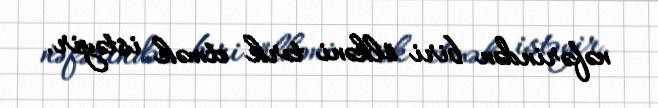
nəfərindən biri ölkəni tərk etmək istəyir.